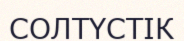
СОЛТҮСТІК